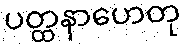
ပတ္ထနာဟေတု